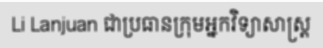
Li Lanjuan ជាប្រធានក្រុមអ្នកវិទ្យាសាស្ត្រ